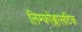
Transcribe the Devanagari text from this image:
लिम्फोब्लासटिक